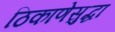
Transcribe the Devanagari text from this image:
ठिकाणेसुद्धा